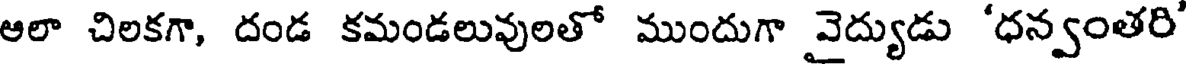
ఆలా చిలకగా, దండ కమండలువులతో ముందుగా వైద్యుడు 'ధన్వంతరి